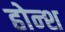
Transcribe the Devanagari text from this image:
होन्श